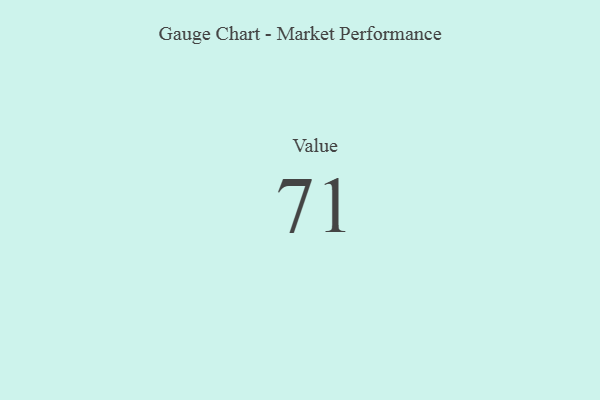
{"axis": {"x": "Metric", "y": "Value"}, "legend": [""], "data": [{"x": "Value", "y": 71, "type": ""}]}